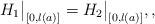
LaTeX: \begin{align*} H_1\big|_{[0,l(a)]}= H_2\big|_{[0,l(a)]}, ,\end{align*}